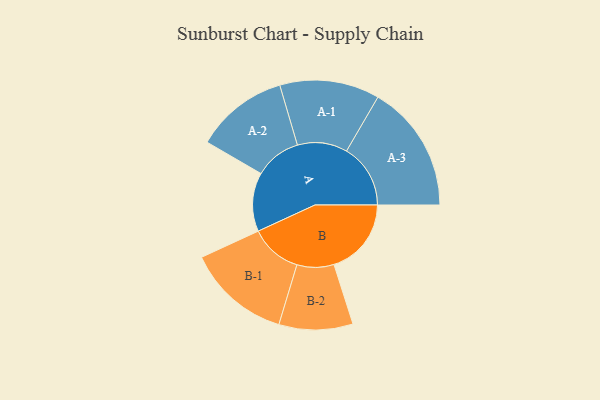
{"axis": {"x": "Segment", "y": "Value"}, "legend": ["", "A", "B"], "data": [{"x": "A", "y": 272, "type": ""}, {"x": "B", "y": 358, "type": ""}, {"x": "A-1", "y": 231, "type": "A"}, {"x": "A-2", "y": 215, "type": "A"}, {"x": "A-3", "y": 296, "type": "A"}, {"x": "B-1", "y": 240, "type": "B"}, {"x": "B-2", "y": 171, "type": "B"}]}